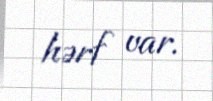
hərf var.